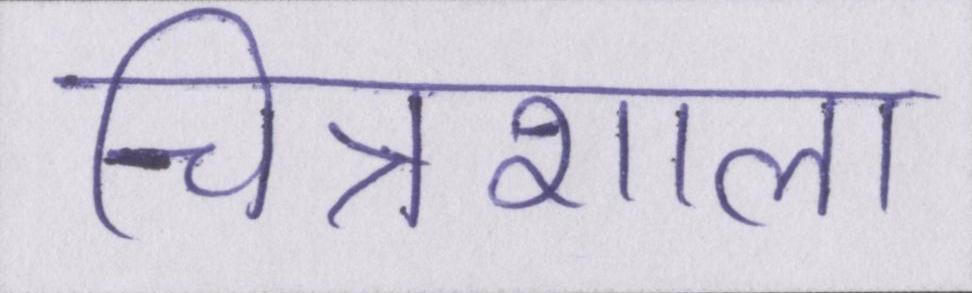
चित्रशाला